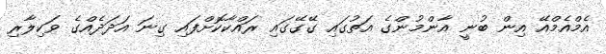
އެމްއެމްއޭ އިން ބުނީ އާންމުންގެ އަތުގައި ގޭގޭގައި ރައްކާކޮށްފައި ގިނަ އަދަދެއްގެ ވަކިލާރި